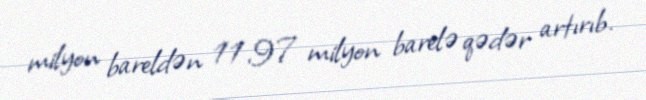
milyon bareldən 11,97 milyon barelə qədər artırıb.